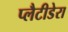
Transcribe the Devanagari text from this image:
प्लैटीडेरा